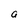
Character: a